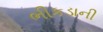
ભીકડાની